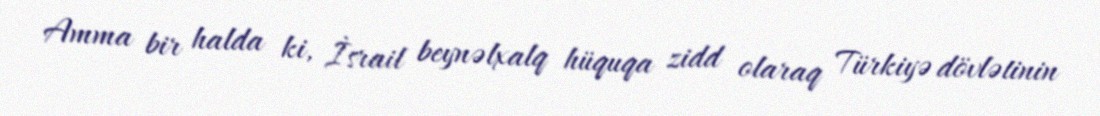
Amma bir halda ki, İsrail beynəlxalq hüquqa zidd olaraq Türkiyə dövlətinin